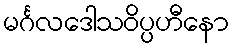
မင်္ဂလဒေါသဝိပ္ပဟီနော